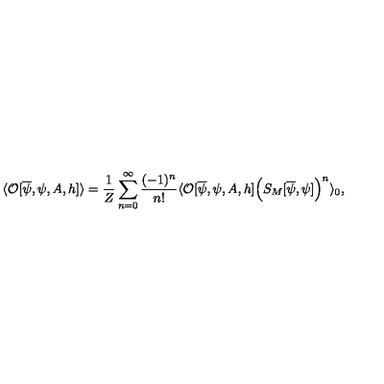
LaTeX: \langle { \cal O } [ \overline { { \psi } } , \psi , A , h ] \rangle = \frac { 1 } { Z } \sum _ { n = 0 } ^ { \infty } \frac { ( - 1 ) ^ { n } } { n ! } \langle { \cal O } [ \overline { { \psi } } , \psi , A , h ] \Big ( S _ { M } [ \overline { { \psi } } , \psi ] \Big ) ^ { n } \rangle _ { 0 } ,